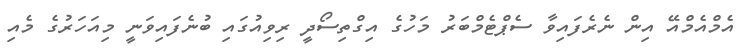
އެމްއެމްއޭ އިން ނެރެފައިވާ ސެޕްޓެމްބަރު މަހުގެ އިގްތިސޯދީ ރިވިއުގައި ބުނެފައިވަނީ މިއަހަރުގެ މެއި